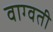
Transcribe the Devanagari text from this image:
वाग्वती